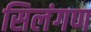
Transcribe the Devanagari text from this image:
सिलंगण